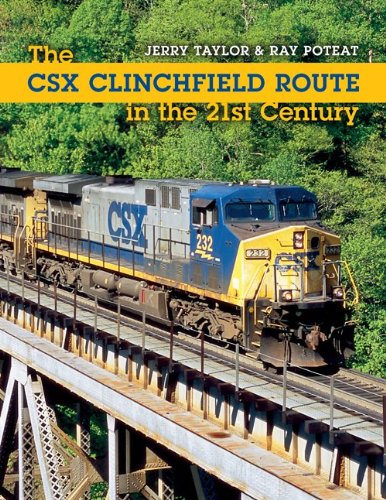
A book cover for The CSX Clinchfield Route in the 21st Century (Railroads Past and Present); Jeremy Taylor; Arts & Photography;